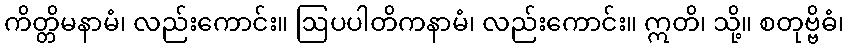
ကိတ္တိမနာမံ၊ လည်းကောင်း။ ဩပပါတိကနာမံ၊ လည်းကောင်း။ ဣတိ၊ သို့။ စတုဗ္ဗိဓံ၊